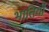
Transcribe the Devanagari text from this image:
भातियों